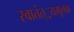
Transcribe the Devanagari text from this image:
स्वातंत््रयमूलक